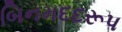
બિનમદદરૂપ